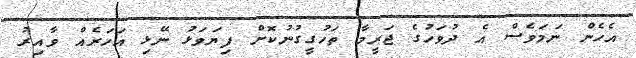
އެހެން ނަމަވެސް އެ ދުވަހުގެ ޖަރީމާ ތަހުގީގުނުކޮށް ފިޔަވަޅު ނޭޅި އަހަރެއް ވާއިރު